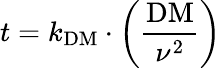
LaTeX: t=k_{\mathrm{DM}}\cdot\left({\frac{\mathrm{DM}}{\nu^{2}}}\right)